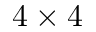
4 \times 4